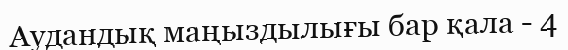
Аудандық маңыздылығы бар қала - 4